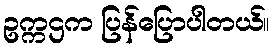
ဥက္ကဌက ပြန်ပြောပါတယ်။